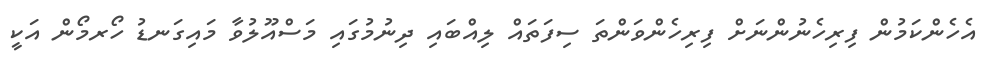
އެހެންކަމުން ފިރިހެނުންނަށް ފިރިހެންވަންތަ ސިފަތައް ލިއްބައި ދިނުމުގައި މަސްއޫލުވާ މައިގަނޑު ހޯރމޯން އަކީ